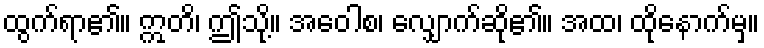
ထွက်ရာ၏။ ဣတိ၊ ဤသို့။ အဝေါစ၊ လျှောက်ဆို၏။ အထ၊ ထိုနောက်မှ။